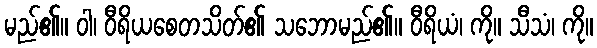
မည်၏။ ဝါ၊ ဝီရိယစေတသိတ်၏ သဘောမည်၏။ ဝီရိယံ၊ ကို။ သီသံ၊ ကို။